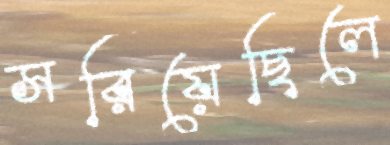
সরিয়েছিলে